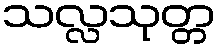
သလ္လသုတ္တ